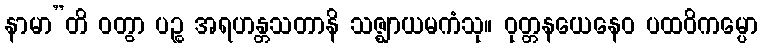
နာမာ”တိ ဝတွာ ပဉ္စ အရဟန္တသတာနိ သဇ္ဈာယမကံသု။ ဝုတ္တနယေနေဝ ပထဝိကမ္ပော